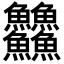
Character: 䲜